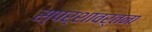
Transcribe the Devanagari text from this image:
स्पर्शावर्तना